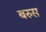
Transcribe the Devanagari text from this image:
बरुस